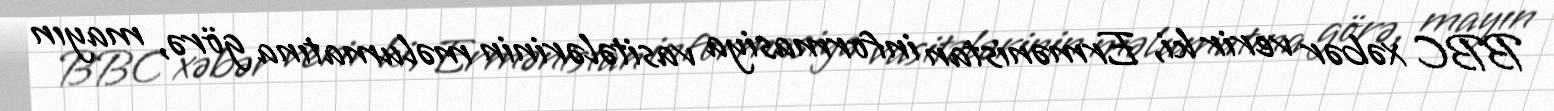
BBC xəbər verir ki, Ermənistan informasiya vasitələrinin məlumatına görə, mayın